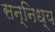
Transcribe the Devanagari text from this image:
सन्निध्य